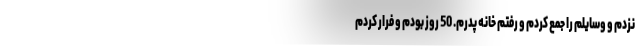
نزدم و وسایلم را جمع کردم و رفتم خانه پدرم. 50 روز بودم و فرار کردم